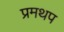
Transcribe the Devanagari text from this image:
प्रमथप